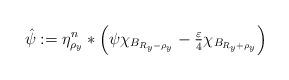
LaTeX: \begin{align*} \hat\psi:=\eta^n_{\rho_y}*\left(\psi\chi_{B_{R_y-\rho_y}}-\tfrac{\varepsilon}{4}\chi_{B_{R_y+\rho_y}}\right) \end{align*}